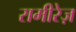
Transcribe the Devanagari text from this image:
रामीरेज़